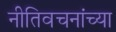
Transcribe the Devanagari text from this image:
नीतिवचनांच्या